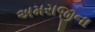
અમરાજીના